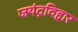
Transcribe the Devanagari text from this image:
जयंद्रविहार